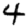
Digit: 4